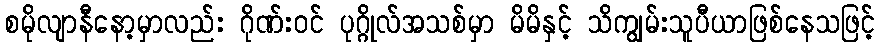
စမိုလျာနီနော့မှာလည်း ဂိုဏ်းဝင် ပုဂ္ဂိုလ်အသစ်မှာ မိမိနှင့် သိကျွမ်းသူပီယာဖြစ်နေသဖြင့်